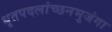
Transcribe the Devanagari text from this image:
धृतपदलांच्छनभुजंगा